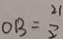
O B = \frac { 2 1 } { 2 }